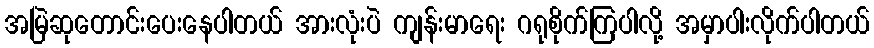
အမြဲဆုတောင်းပေးနေပါတယ် အားလုံးပဲ ကျန်းမာရေး ဂရုစိုက်ကြပါလို့ အမှာပါးလိုက်ပါတယ်